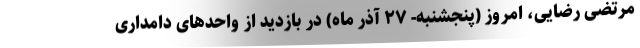
مرتضی رضایی، امروز (پنجشنبه- ۲۷ آذر ماه) در بازدید از واحدهای دامداری